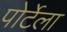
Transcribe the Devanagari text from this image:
पोर्टेला